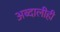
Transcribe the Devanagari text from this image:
अब्दालीही